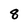
Character: 8